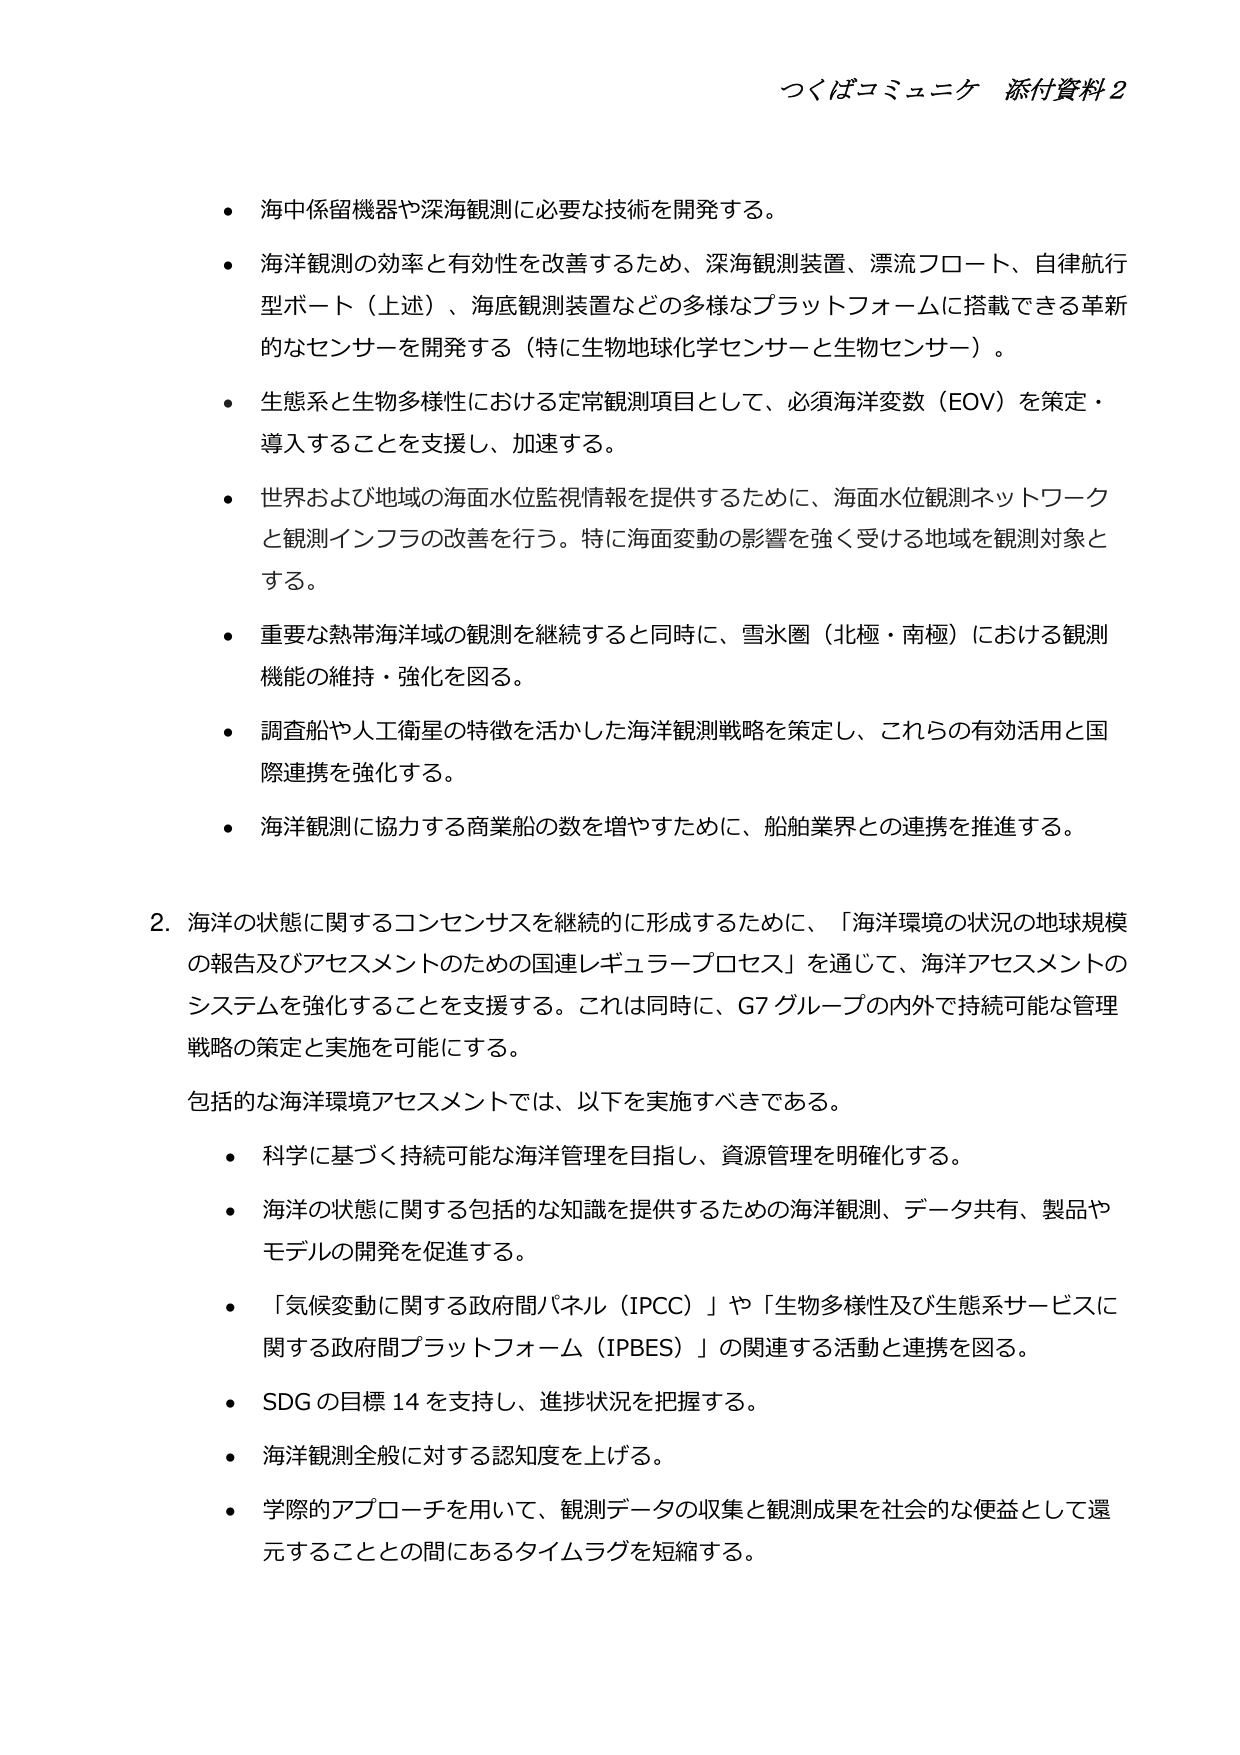
つくばコミュニケ 添付資料2

・海中係留機器や深海観測に必要な技術を開発する。

・海洋観測の効率と有効性を改善するため、深海観測装置、漂流フロート、自律航行型ボート（上述）、海底観測装置などの多様なプラットフォームに搭載できる革新的なセンサーを開発する（特に生物地球化学センサーと生物センサー）。

・生態系と生物多様性における定常観測項目として、必須海洋変数（EOV）を策定・導入することを支援し、加速する。

・世界および地域の海面水位監視情報を提供するために、海面水位観測ネットワークと観測インフラの改善を行う。特に海面変動の影響を強く受ける地域を観測対象とする。

・重要な熱帯海洋域の観測を継続すると同時に、雪氷圏（北極・南極）における観測機能の維持・強化を図る。

・調査船や人工衛星の特徴を活かした海洋観測戦略を策定し、これらの有効活用と国際連携を強化する。

・海洋観測に協力する商業船の数を増やすために、船舶業界との連携を推進する。

2. 海洋の状態に関するコンセンサスを継続的に形成するために、「海洋環境の状況の地球規模の報告及びアセスメントのための国連レギュラープロセス」を通じて、海洋アセスメントのシステムを強化することを支援する。これは同時に、G7 グループの内外で持続可能な管理戦略の策定と実施を可能にする。

包括的な海洋環境アセスメントでは、以下を実施すべきである。

・科学に基づく持続可能な海洋管理を目指し、資源管理を明確化する。

・海洋の状態に関する包括的な知識を提供するための海洋観測、データ共有、製品やモデルの開発を促進する。

・「気候変動に関する政府間パネル（IPCC）」や「生物多様性及び生態系サービスに関する政府間プラットフォーム（IPBES）」の関連する活動と連携を図る。

・SDG の目標 14 を支持し、進捗状況を把握する。

・海洋観測全般に対する認知度を上げる。

・学際的アプローチを用いて、観測データの収集と観測成果を社会的な便益として還元することとの間にあるタイムラグを短縮する。